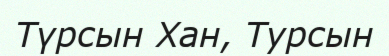
Түрсын Хан, Турсын